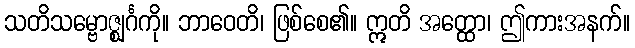
သတိသမ္ဗောဇ္ဈင်္ဂကို။ ဘာဝေတိ၊ ဖြစ်စေ၏။ ဣတိ အတ္ထော၊ ဤကားအနက်။